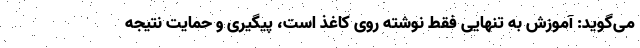
می‌گوید: آموزش به تنهایی فقط نوشته روی کاغذ است، پیگیری و حمایت نتیجه